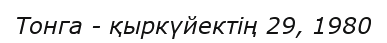
Тонга - қыркүйектің 29, 1980